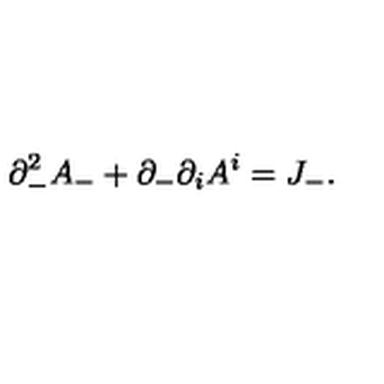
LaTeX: \partial _ { - } ^ { 2 } A _ { - } + \partial _ { - } \partial _ { i } A ^ { i } = J _ { - } .